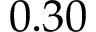
0 . 3 0